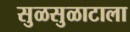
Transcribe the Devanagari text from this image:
सुळसुळाटाला